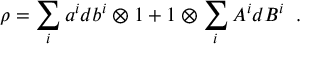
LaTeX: \rho = \sum _ { i } a ^ { i } d b ^ { i } \otimes 1 + 1 \otimes \sum _ { i } A ^ { i } d B ^ { i } \; \; .